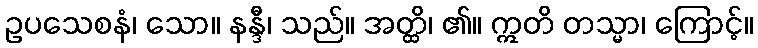
ဥပသေစနံ၊ သော။ နန္ဒီ၊ သည်။ အတ္ထိ၊ ၏။ ဣတိ တသ္မာ၊ ကြောင့်။